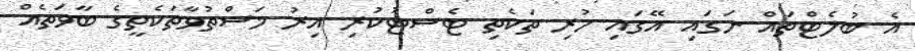
އެ ބުލެޓްތައް ނަގައި އޭގައި ހުރި ތަކެތި ޓެސްޓުކުރި އިރު މަސްތުވާތަކެތީގެ ބާވަތެއް